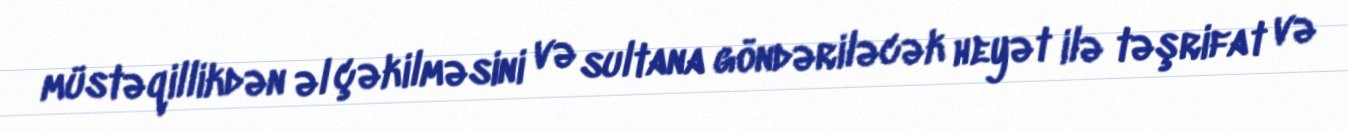
müstəqillikdən əl çəkilməsini və sultana göndəriləcək heyət ilə təşrifat və